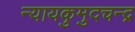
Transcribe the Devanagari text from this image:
न्यायकुमुदचन्द्र